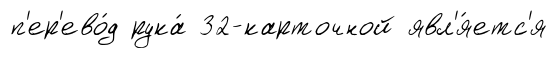
п'ер'ево́д рука́ 32-карточной явл'я́етс'я